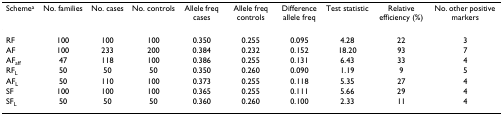
<table><thead><tr><td><b>Scheme<sup>a</sup></b></td><td><b>No. families</b></td><td><b>No. cases</b></td><td><b>No. controls</b></td><td><b>Allele freq cases</b></td><td><b>Allele freq controls</b></td><td><b>Difference allele freq</b></td><td><b>Test statistic</b></td><td><b>Relative efficiency (%)</b></td><td><b>No. other positive markers</b></td></tr></thead><tbody><tr><td>RF</td><td>100</td><td>100</td><td>100</td><td>0.350</td><td>0.255</td><td>0.095</td><td>4.28</td><td>22</td><td>3</td></tr><tr><td>AF</td><td>100</td><td>233</td><td>200</td><td>0.384</td><td>0.232</td><td>0.152</td><td>18.20</td><td>93</td><td>7</td></tr><tr><td>AF<sub>aff</sub></td><td>47</td><td>118</td><td>100</td><td>0.386</td><td>0.255</td><td>0.131</td><td>6.43</td><td>33</td><td>4</td></tr><tr><td>RF<sub>L</sub></td><td>50</td><td>50</td><td>50</td><td>0.350</td><td>0.260</td><td>0.090</td><td>1.19</td><td>9</td><td>5</td></tr><tr><td>AF<sub>L</sub></td><td>50</td><td>110</td><td>100</td><td>0.373</td><td>0.255</td><td>0.118</td><td>5.35</td><td>27</td><td>4</td></tr><tr><td>SF</td><td>100</td><td>100</td><td>100</td><td>0.365</td><td>0.255</td><td>0.111</td><td>5.66</td><td>29</td><td>4</td></tr><tr><td>SF<sub>L</sub></td><td>50</td><td>50</td><td>50</td><td>0.360</td><td>0.260</td><td>0.100</td><td>2.33</td><td>11</td><td>4</td></tr></tbody></table>